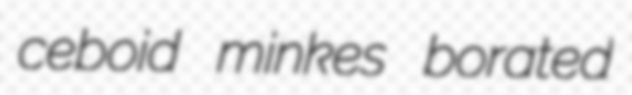
ceboid minkes borated